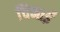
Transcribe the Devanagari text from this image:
चिनाईं